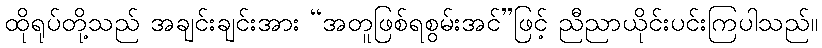
ထိုရုပ်တို့သည် အချင်းချင်းအား “အတူဖြစ်ရစွမ်းအင်”ဖြင့် ညီညာယိုင်းပင်းကြပါသည်။